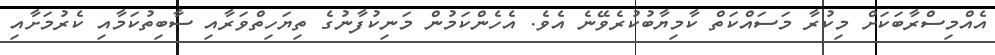
އެއްމިސްރާބަކަށް މިކުރާ މަސައްކަތް ކާމިޔާބުކުރެވޭނެ އެވެ. އެހެންކަމުން މަނިކުފާނުގެ ތިޔަހިތްވަރާއި ސާބިތުކަމާއި ކެރުމަށާއި